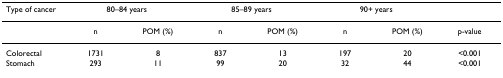
<table><thead><tr><td><b>Type of cancer</b></td><td colspan="2"><b>80–84 years</b></td><td colspan="2"><b>85–89 years</b></td><td colspan="2"><b>90+ years</b></td><td>[EMPTY_CELL]</td></tr></thead><tbody><tr><td>[EMPTY_CELL]</td><td>n</td><td>POM (%)</td><td>n</td><td>POM (%)</td><td>n</td><td>POM (%)</td><td>p-value</td></tr><tr><td>Colorectal</td><td>1731</td><td>8</td><td>837</td><td>13</td><td>197</td><td>20</td><td>&lt;0.001</td></tr><tr><td>Stomach</td><td>293</td><td>11</td><td>99</td><td>20</td><td>32</td><td>44</td><td>&lt;0.001</td></tr></tbody></table>